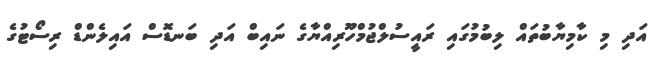
އަދި މި ކާމިޔާބުތައް ލިބުމުގައި ރައީސުލްޖުމްހޫރިއްޔާގެ ނައިބް އަދި ބަނޑޮސް އައިލެންޑް ރިސޯޓުގެ